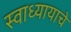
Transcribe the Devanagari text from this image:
स्वाध्यायाचे